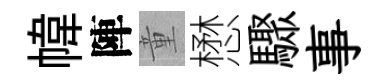
幃陣童懋驟事